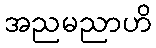
အညမညာဟိ